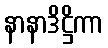
နာနာဒိဋ္ဌိကာ